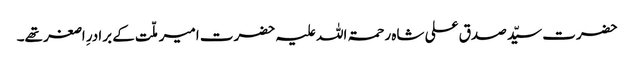
حضرت سیّد صدق علی شاہ رحمۃ اللہ علیہ حضرت امیر ملّت کے برادرِ اصغر تھے۔